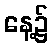
နေ့၌